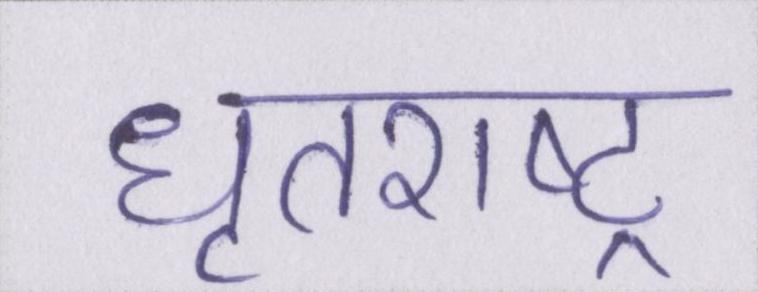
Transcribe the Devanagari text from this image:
धृतराष्ट्र